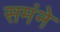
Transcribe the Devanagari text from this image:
समंने